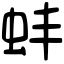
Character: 蚌